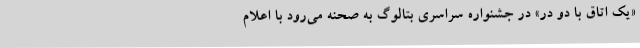
«یک اتاق با دو در» در جشنواره سراسری بتالوگ به صحنه می‌رود با اعلام